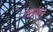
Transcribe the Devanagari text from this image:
त्रयस्थाने